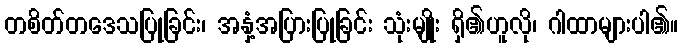
တစိတ်တဒေသပြုခြင်း၊ အနှံ့အပြားပြုခြင်း သုံးမျိုး ရှိ၏ဟူလို၊ ဂါထာများပါ၏။